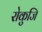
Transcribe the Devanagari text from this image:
रोकुजि